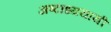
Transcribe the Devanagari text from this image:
अष्टाध्ययायी